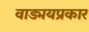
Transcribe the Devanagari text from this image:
वाड्मयप्रकार